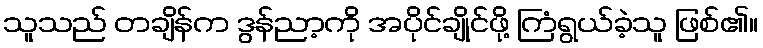
သူသည် တချိန်က ဒွန်ညာ့ကို အပိုင်ချိုင်ဖို့ ကြံရွယ်ခဲ့သူ ဖြစ်၏။